Vaccination Hyderabad 1872-1889 - 1872-1889
Year: 1872
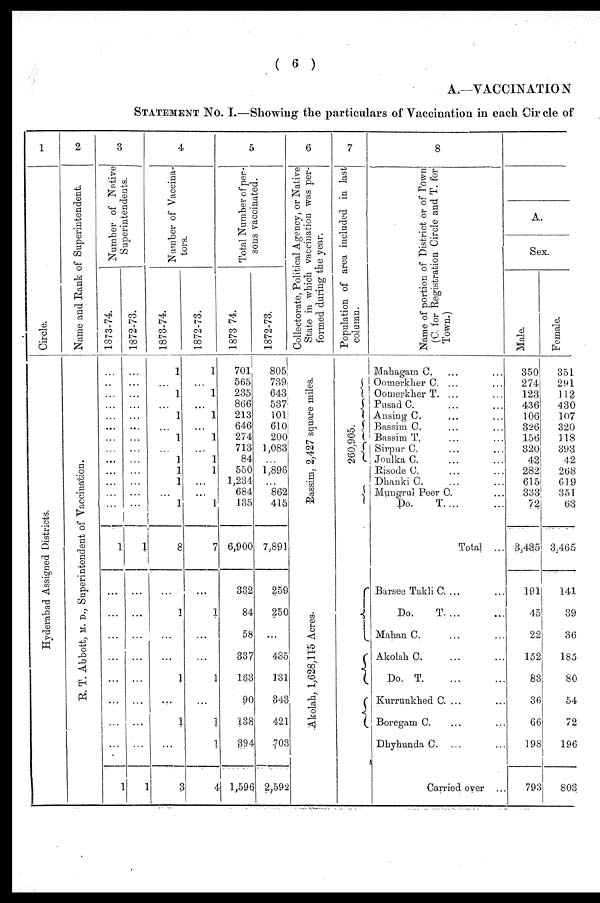
( 6 )
A.—VACCINATION
STATEMENT No. I.—Showing the particulars of Vaccination in each Circle of
1
Circle.
Hyderabad Assigned Districts.
2
Name and Rank of Superintendent.
R. T. Abbott, M. D., Superintendent of Vaccination.
3
Number of Native
Superintendents.
1873-74
...
...
...
...
...
...
...
...
...
...
...
...
...
1
...
...
...
...
...
...
...
...
1
1872-73.
...
...
...
...
...
...
...
...
...
...
...
...
...
1
...
...
...
...
...
...
...
...
1
4
Number of Vaccina-
tors.
1873-74.
1
...
1
...
1
...
1
...
1
1
1
...
1
8
...
1
...
...
1
...
1
...
3
1872-73.
1
...
1
...
1
...
1
...
1
1
...
...
1
7
...
1
...
...
1
...
1
1
4
5
Total Number of per-
sons vaccinated.
1873-74.
701
565
235
866
213
646
274
713
84
550
1,234
684
135
6,900
332
84
58
337
163
90
138
394
1,596
1872-73.
805
739
643
537
101
610
200
1,083
...
1,896
...
862
415
7,891
259
250
...
485
131
343
421
703
2,592
6
Collectorate, Political Agency, or Native
State in which vaccination was per-
formed during the year.
Bassim, 2,427 square miles.
Akol ah, 1, 628, 115 Acr es.
7
Population of area included in last
column.
260,905.
8
Name of portion of District or of Town
(C. for Registration Circle and T. for
Town.)
Mahagam C. ... ...
Oomerkher C. ... ...
Oomerkher T. ... ...
Pusad C. ... ...
Ansing C. ... ...
Bassim C. ... ...
Bassim T. ... ...
Sirpur C. ... ...
Joulka C. ... ...
Risode C. ... ...
Dhanki C. ... ...
Mungrul Peer C. ...
Do,
T. ... ...
Total ...
Barsee Takli C. ... ...
Do.
T. ... ...
Mahan C. ... ...
Akolah C. ... ...
Do. T. ... ...
Kurrunkhed C. ... ...
Boregam C. ... ...
Dhyhunda C. ... ...
Carried over ...
A.
Sex.
Male.
350
274
123
436
106
326
156
320
42
282
615
333
72
3,435
191
45
22
152
83
36
66
198
793
Female.
351
291
112
430
107
320
118
393
42
268
619
351
63
3,465
141
39
36
185
80
54
72
196
803